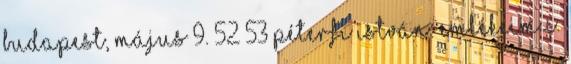
Budapest, május 9. 52 53 Péterfi István: Emlékeim c.